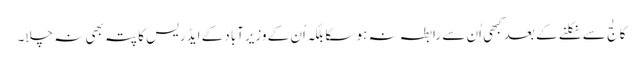
کالج سے نکلنے کے بعد کبھی اُن سے رابطہ نہ ہو سکا بلکہ اُن کے وزیرآباد کے ایڈریس کا پتہ بھی نہ چلا۔